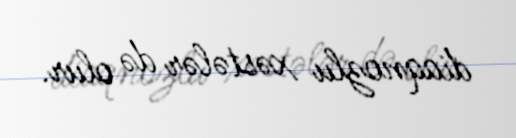
diaqnozlu xəstələr də olur.